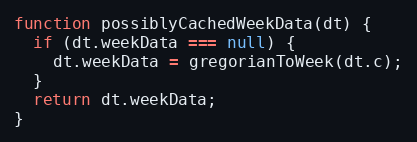
Language: JavaScript
function possiblyCachedWeekData(dt) {
  if (dt.weekData === null) {
    dt.weekData = gregorianToWeek(dt.c);
  }
  return dt.weekData;
}